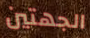
الجهتين